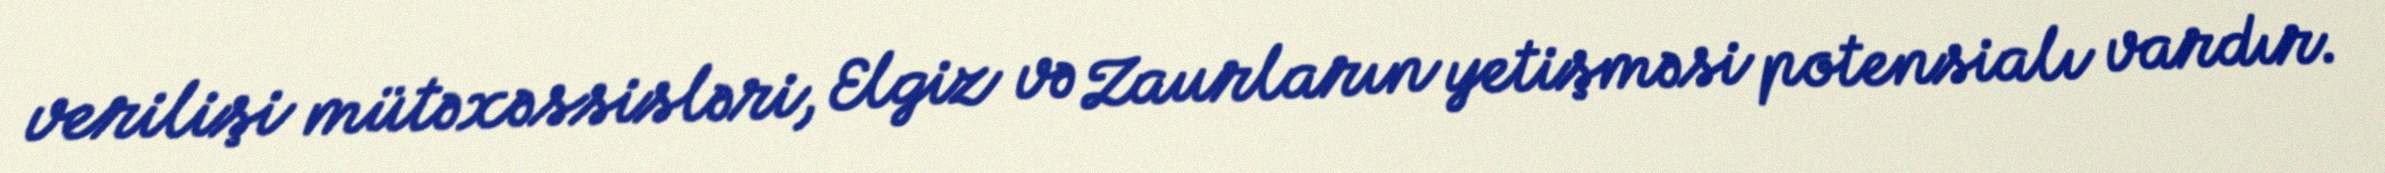
verilişi mütəxəssisləri, Elgiz və Zaurların yetişməsi potensialı vardır.